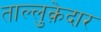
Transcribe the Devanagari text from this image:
ताल्लुक़ेदार